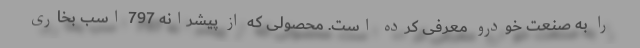
را به صنعت خودرو معرفی کرده است. محصولی که از پیشرانه 797 اسب بخاری